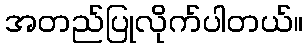
အတည်ပြုလိုက်ပါတယ်။